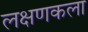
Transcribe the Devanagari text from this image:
लक्षणकला